Indian journal of veterinary science and animal husbandry - Volume 7,
Year: 1937
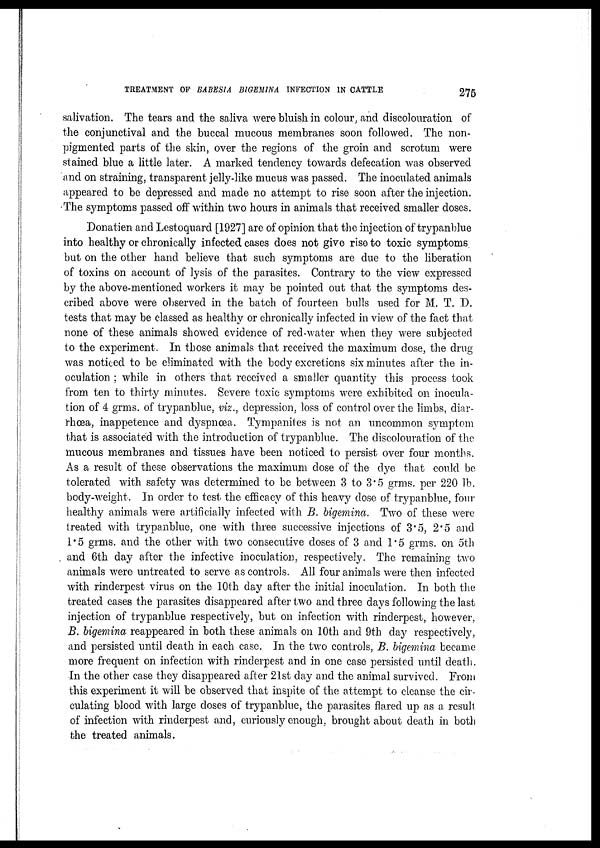
TREATMENT OF BABESIA BIGEMINA INFECTION IN CATTLE
275
salivation. The tears and the saliva were bluish in colour, and discolouration of
the conjunctival and the buccal mucous membranes soon followed. The non¬
pigmented parts of the skin, over the regions of the groin and scrotum were
stained blue a little later. A marked tendency towards defecation was observed
and on straining, transparent jelly-like mucus was passed. The inoculated animals
appeared to be depressed and made no attempt to rise soon after the injection.
The symptoms passed off within two hours in animals that received smaller doses.
Donatien and Lestoquard [1927] are of opinion that the injection of trypanblue
into healthy or chronically infected cases does not give rise to toxic symptoms
but on the other hand believe that such symptoms are due to the liberation
of toxins on account of lysis of the parasites. Contrary to the view expressed
by the above-mentioned workers it may be pointed out that the symptoms des-
cribed above were observed in the batch of fourteen bulls used for M. T. D.
tests that may be classed as healthy or chronically infected in view of the fact that
none of these animals showed evidence of red-water when they were subjected
to the experiment. In those animals that received the maximum dose, the drug
was noticed to be eliminated with the body excretions six minutes after the in-
oculation ; while in others that received a smaller quantity this process took
from ten to thirty minutes. Severe toxic symptoms were exhibited on inocula-
tion of 4 grms. of trypanblue, viz., depression, loss of control over the limbs, diar-
rhœa, inappetence and dyspnœa. Tympanites is not an uncommon symptom
that is associated with the introduction of trypanblue. The discolouration of the
mucous membranes and tissues have been noticed to persist over four months.
As a result of these observations the maximum dose of the dye that could be
tolerated with safety was determined to be between 3 to 3.5 grms. per 220 lb.
body-weight. In order to test the efficacy of this heavy dose of trypanblue, four
healthy animals were artificially infected with B. bigemina. Two of these were
treated with trypanblue, one with three successive injections of 3.5, 2.5 and
1.5 grms. and the other with two consecutive doses of 3 and 1.5 grms. on 5th
and 6th day after the infective inoculation, respectively. The remaining two
animals were untreated to serve as controls. All four animals were then infected
with rinderpest virus on the 10th day after the initial inoculation. In both the
treated cases the parasites disappeared after two and three days following the last
injection of trypanblue respectively, but on infection with rinderpest, however,
B. bigemina reappeared in both these animals on 10th and 9th day respectively,
and persisted until death in each case. In the two controls, B. bigemina became
more frequent on infection with rinderpest and in one case persisted until death.
In the other case they disappeared after 21st day and the animal survived. From
this experiment it will be observed that inspite of the attempt to cleanse the cir-
culating blood with large doses of trypanblue, the parasites flared up as a result
of infection with rinderpest and, curiously enough, brought about death in both
the treated animals.